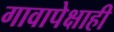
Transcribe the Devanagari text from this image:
गावापेक्षाही